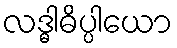
လဒ္ဓါဓိပ္ပါယော